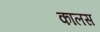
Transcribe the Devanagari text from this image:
कालस